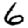
Digit: 6